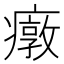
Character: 𱱤